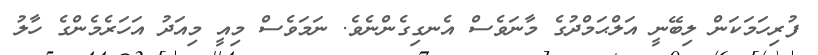
ފުރިހަމަކަން ލިބޭނީ އަލްޙަމްދުގެ މާނަވެސް އެނގިގެންނެވެ. ނަމަވެސް މިއީ މިއަދު އަހަރެމެންގެ ހާލު